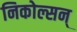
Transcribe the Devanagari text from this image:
निकोल्सन्‌